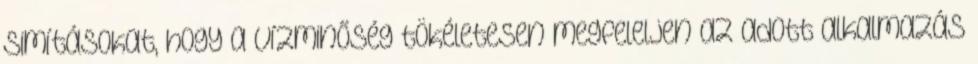
simításokat, hogy a vízminőség tökéletesen megfeleljen az adott alkalmazás